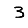
Digit: 3